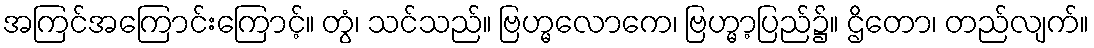
အကြင်အကြောင်းကြောင့်။ တွံ၊ သင်သည်။ ဗြဟ္မလောကေ၊ ဗြဟ္မာ့ပြည်၌။ ဌိတော၊ တည်လျက်။